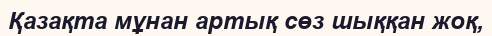
Қазақта мұнан артық сөз шыққан жоқ,